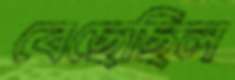
বেছেছিল